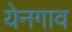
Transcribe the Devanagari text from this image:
येनगाव